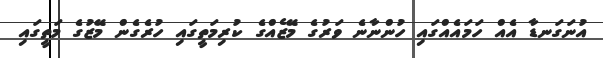
އުނަގަނޑާ އެއް ހަމައެއްގައި ހުންނާނެ ވަރުގެ މޭޒެއްގެ ކުރިމަތީގައި ހުރެގެން މޭޒުގެ މަތީގައި